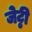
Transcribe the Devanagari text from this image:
जेट्ठी